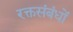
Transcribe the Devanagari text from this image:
रक्तसंबंधों